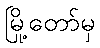
မြို့တော်မှ